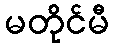
မတိုင်မီ